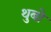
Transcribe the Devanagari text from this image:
थुबो